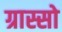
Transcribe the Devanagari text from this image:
ग्रास्सो